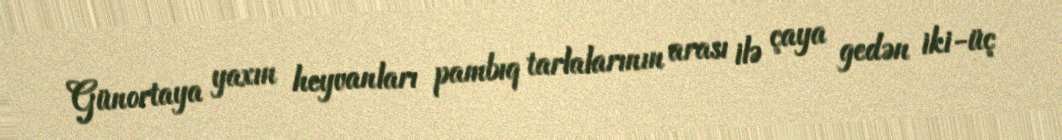
Günortaya yaxın heyvanları pambıq tarlalarının arası ilə çaya gedən iki-üç